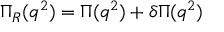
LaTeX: \Pi _ { R } ( q ^ { 2 } ) = \Pi ( q ^ { 2 } ) + \delta \Pi ( q ^ { 2 } )